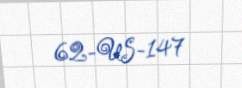
62-US-147